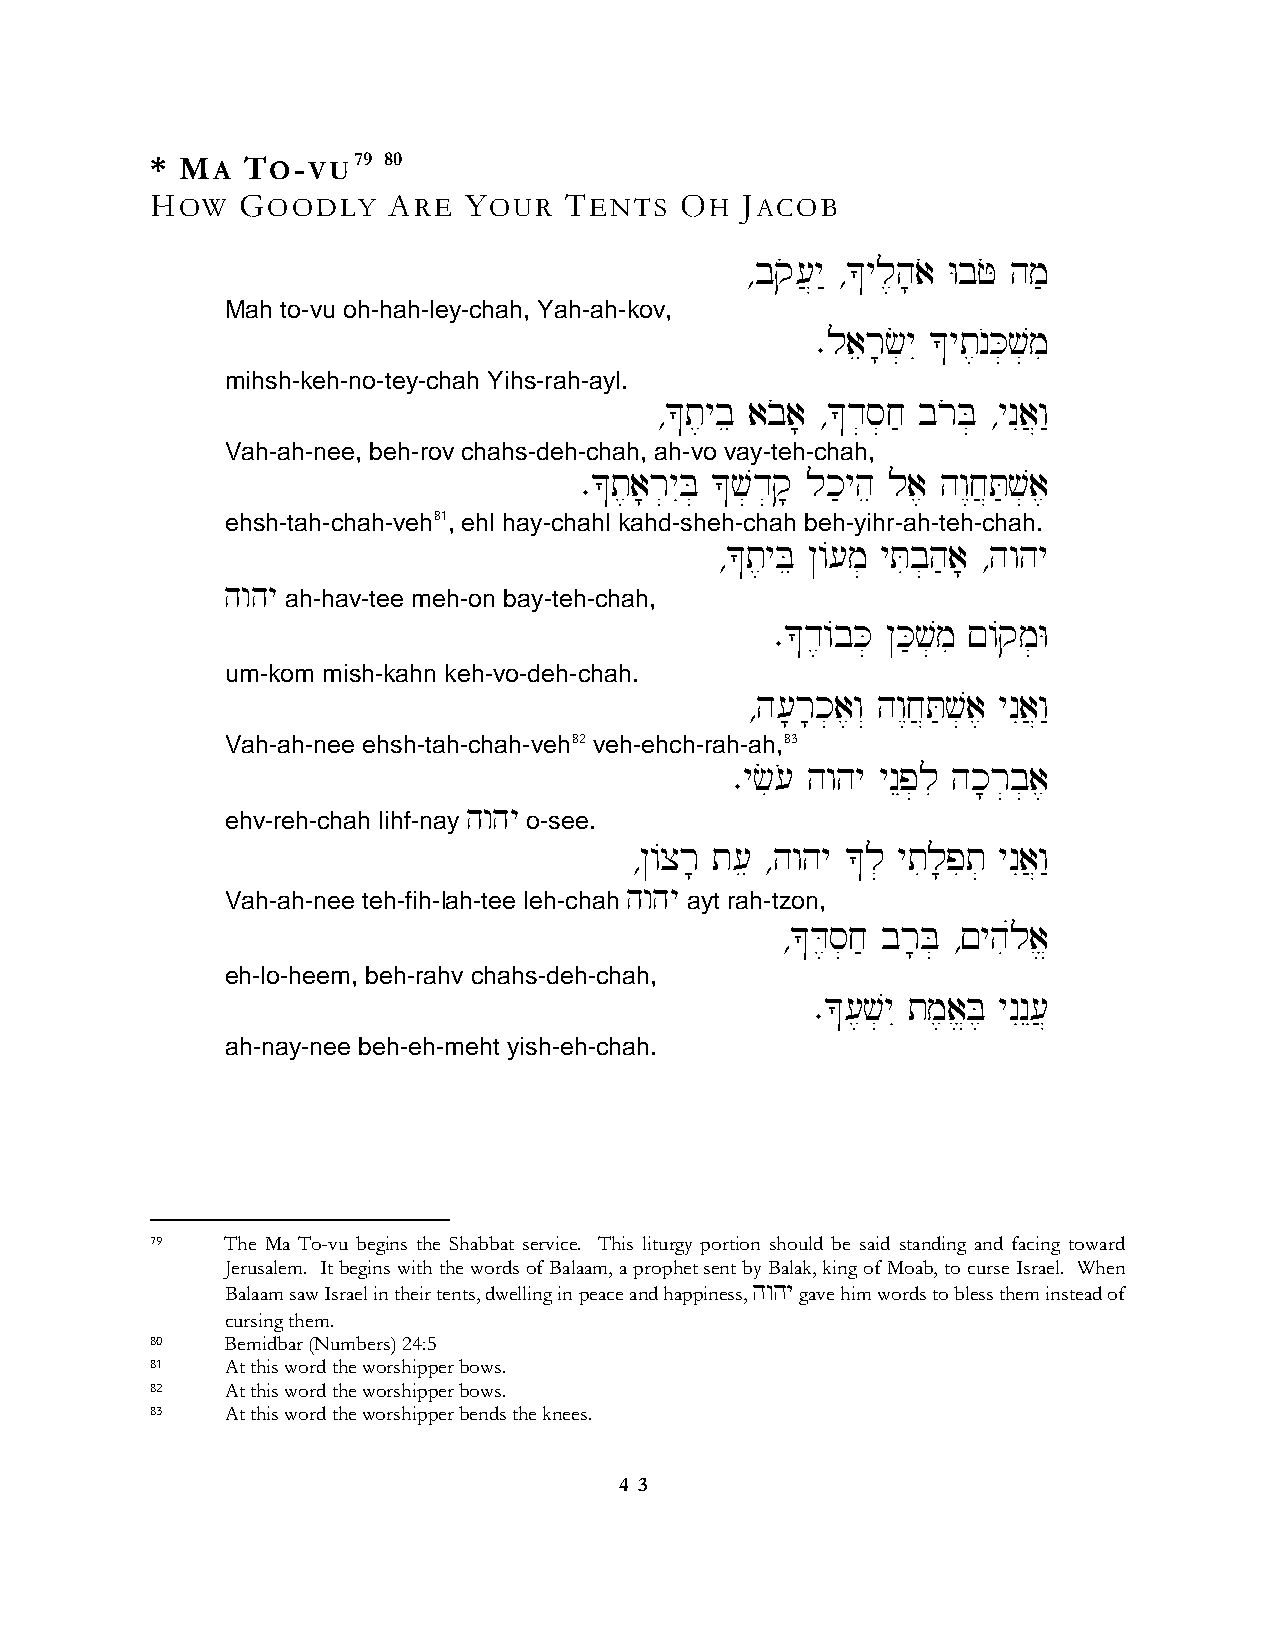
* MA  TO-VU79  80
 HOW   GOODLY    ARE  YOUR  TENTS   OH  JACOB
 ∆bqo[}y" ∆*yl,h;ao WbFo hm'
 Mah to-vu oh-hah-ley-chah, Yah-ah-kov,
 ∑laer;c]yI *yt,nOK]v]mi
 mihsh-keh-no-tey-chah Yihs-rah-ayl.
 ∆*t,ybe aboa; ∆*d]s]j' broB] ∆ynIa}w"
 Vah-ah-nee, beh-rov chahs-deh-chah, ah-vo vay-teh-chah,
 ∑*t,a;r]yIB] *v]d]q; lk'yhe la, hw<j}T'v]a,
 ehsh-tah-chah-veh81, ehl hay-chahl kahd-sheh-chah beh-yihr-ah-teh-chah.
 ∆*t,yBe @/[m] yTib]h'a; ∆hwhy
 hwhy
 ah-hav-tee meh-on bay-teh-chah,
 ∑*d,/bK] @K'v]mi !/qm]W
 um-kom mish-kahn keh-vo-deh-chah.
 ∆h[;r;k]a,w“ hw<j}T'v]a, ynIa}w"
 Vah-ah-nee ehsh-tah-chah-veh82 veh-ehch-rah-ah,83
 ∑yci[o hwhy ynEp]li hk;r]b]a,
 hwhy
 ehv-reh-chah lihf-nay o-see.
 ∆@/xr; t[e ∆hwhy *l] ytil;pit] ynIa}w"
 hwhy
 Vah-ah-nee teh-fih-lah-tee leh-chah ayt rah-tzon,
 ∆*D,s]j' br;B] ∆!yhiúla>
 eh-lo-heem, beh-rahv chahs-deh-chah,
 ∑*[,v]yI tm,a>B, ynInE[}
 ah-nay-nee beh-eh-meht yish-eh-chah.
 79   The Ma To-vu begins the Shabbat service. This liturgy portion should be said standing and facing toward
 Jerusalem. It begins with the words of Balaam, a prophet sent by Balak, king of Moab, to curse Israel. When
 Balaam saw Israel in their tents, dwelling in peace and happiness, hwhy gave him words to bless them instead of
 cursing them.
 80   Bemidbar (Numbers) 24:5
 81   At this word the worshipper bows.
 82   At this word the worshipper bows.
 83   At this word the worshipper bends the knees.
 4 3